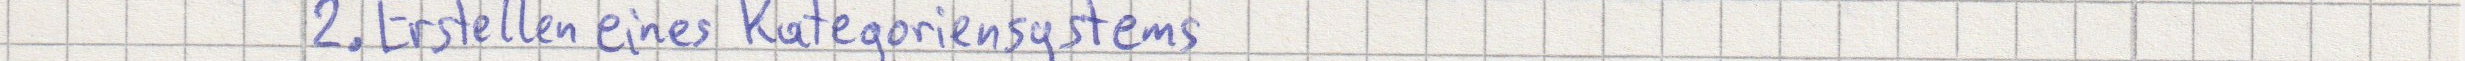
2. Erstellen eines Kategoriensystems